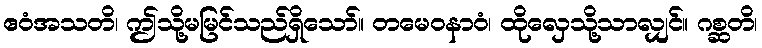
ဧဝံအသတိ၊ ဤသို့မမြင်သည်ရှိသော်။ တမေဝနာဝံ၊ ထိုလှေသို့သာလျှင်။ ဂစ္ဆတိ၊